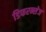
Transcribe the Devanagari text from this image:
डिफरन्सेज